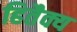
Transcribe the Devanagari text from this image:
हितैक्य